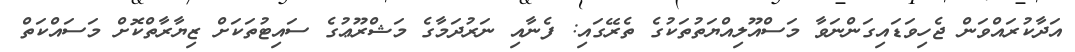
އަދާކުރައްވަން ޖެހިވަޑައިގަންނަވާ މަސްއޫލިއްޔަތުތަކުގެ ތެރޭގައި: ފެނާއި ނަރުދަމާގެ މަޝްރޫޢުގެ ސައިޓުތަކަށް ޒިޔާރާތްކޮށް މަސައްކަތް